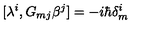
[ \lambda ^ { i } , G _ { m j } \beta ^ { j } ] = - i \hbar \delta _ { m } ^ { i }